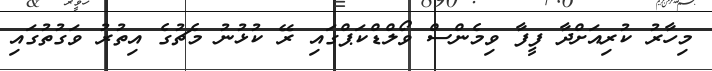
މިހާރު ކުރިއަށްދާ ފީފާ ވިމެންސް ވޯލްޑްކަޕްގައި ރޭ ކުޅުނު މެޗުގެ އިތުރު ވަގުތުގައި